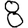
Digit: 8